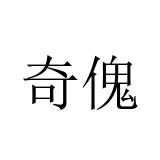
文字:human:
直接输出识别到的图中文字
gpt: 奇傀